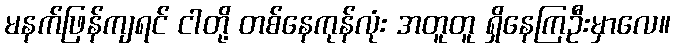
မနက်ဖြန်ကျရင် ငါတို့ တစ်နေကုန်လုံး အတူတူ ရှိနေကြဦးမှာလေ။